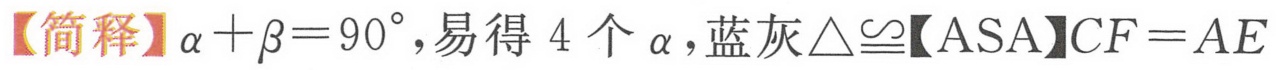
【简释】$\alpha+\beta = 90^{\circ}$，易得 \(4\) 个 \(\alpha\)，蓝灰$\triangle\cong$【ASA】$CF = AE$